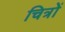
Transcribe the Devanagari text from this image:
चित्रोें